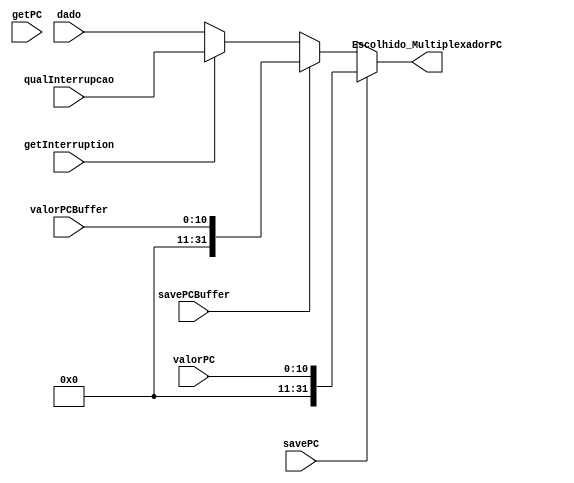
module MultiplexadorPC(
	input [10:0] valorPC, valorPCBuffer, 
	input [31:0] dado, qualInterrupcao,
	input savePC, savePCBuffer, getInterruption,
	input getPC,
	output [31:0] Escolhido_MultiplexadorPC
);
	
	reg [31:0] escolhido;
	
	always @(*) begin
	
		if(savePC == 1) begin
			escolhido = {21'd0, valorPC};
		end
		else if(savePCBuffer == 1) begin
			escolhido = {21'd0, valorPCBuffer};
		end
		else if(getInterruption == 1) begin
			escolhido = qualInterrupcao;
		end	
		else begin
			escolhido = dado;
		end
		
	end
	
	assign Escolhido_MultiplexadorPC = escolhido;
	
endmodule